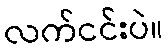
လက်ငင်းပဲ။